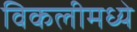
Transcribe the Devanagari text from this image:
विकलीमध्ये